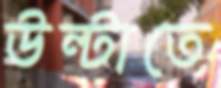
উল্টাতে